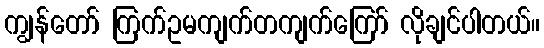
ကျွန်တော် ကြက်ဥမကျက်တကျက်ကြော် လိုချင်ပါတယ်။